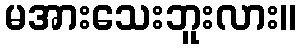
မအားသေးဘူးလား။